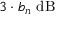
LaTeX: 3 \cdot b _ { n } \ \mathrm { d B }